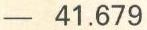
- 41.679